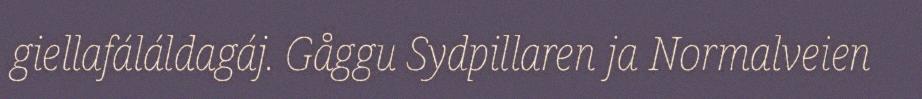
giellafáláldagáj. Gåggu Sydpillaren ja Normalveien